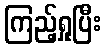
ကြည့်ရှုပြီး